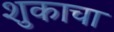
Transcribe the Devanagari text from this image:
शुकाचा